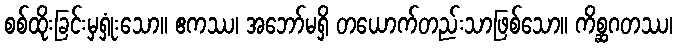
စစ်ထိုးခြင်းမှရှုံးသော။ ဧကဿ၊ အဘော်မရှိ တယောက်တည်းသာဖြစ်သော။ ကိစ္ဆဂတဿ၊